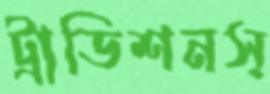
ট্রাডিশনস্